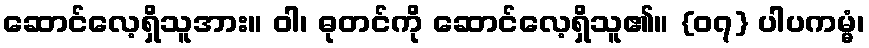
ဆောင်လေ့ရှိသူအား။ ဝါ၊ ဓုတင်ကို ဆောင်လေ့ရှိသူ၏။ {၀၇} ပါပကမ္မံ၊